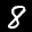
Label: 8